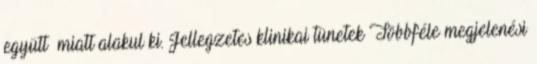
együtt miatt alakul ki. Jellegzetes klinikai tünetek Többféle megjelenési